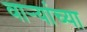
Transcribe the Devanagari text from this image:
वार्‍यांच्या